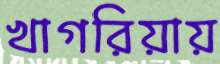
খাগরিয়ায়